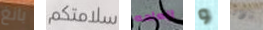
بانغ سلامتكم العامه و بأداة